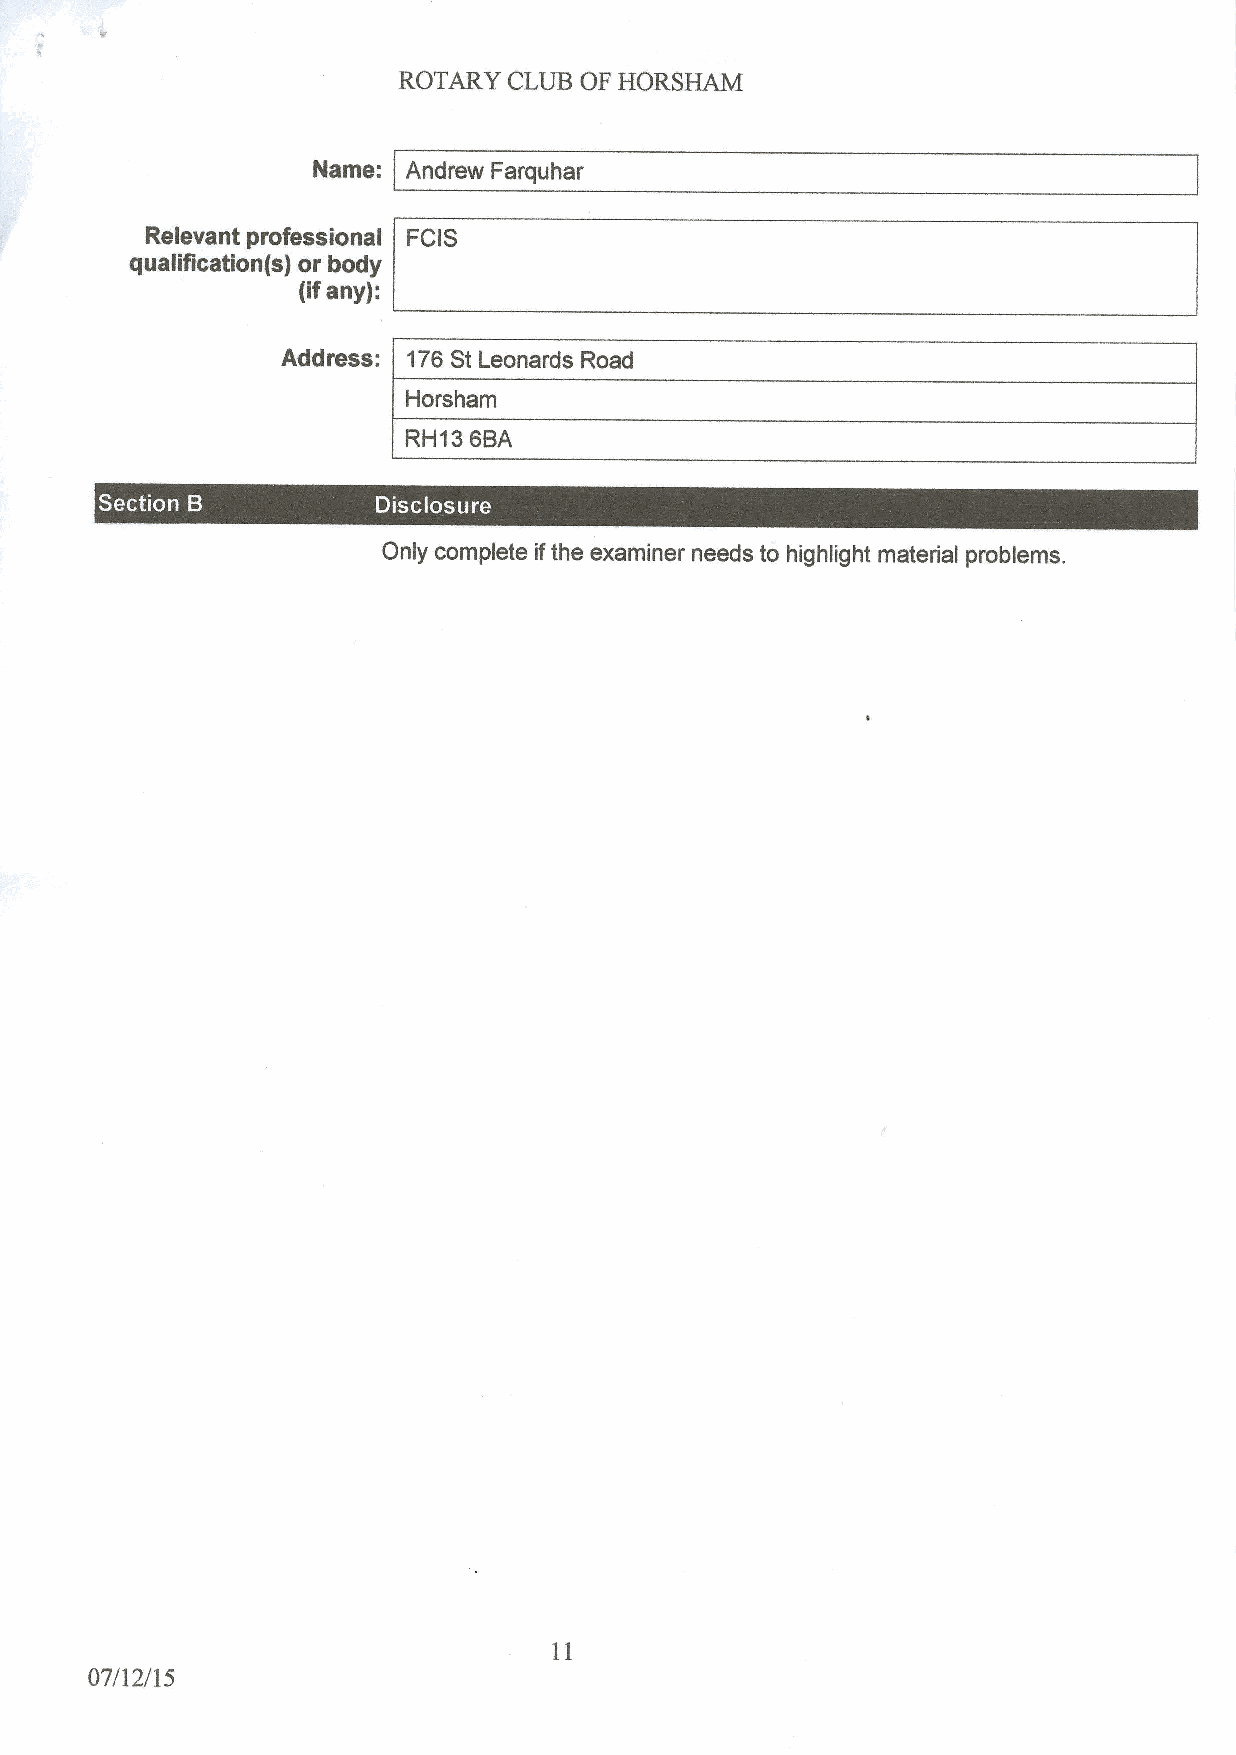
ROTARY  CLUB OF HORSHAM
 Name: Andrew Farquhar
 Relevant professional FGIS
 qualification fs) or body
 (ifany):
 Address: 176St Leonards Road
 Hors ham
 RH13 6BA
 ~   e
 Only complete ifthe examiner needs to highlight material problems.
 07/12/15